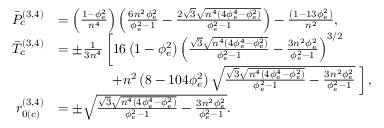
\begin{array} { r l } { \Bar { P } _ { c } ^ { ( 3 , 4 ) } } & { = \left( \frac { 1 - \phi _ { e } ^ { 2 } } { n ^ { 4 } } \right) \left( \frac { 6 n ^ { 2 } \phi _ { e } ^ { 2 } } { \phi _ { e } ^ { 2 } - 1 } - \frac { 2 \sqrt { 3 } \sqrt { n ^ { 4 } \left( 4 \phi _ { e } ^ { 4 } - \phi _ { e } ^ { 2 } \right) } } { \phi _ { e } ^ { 2 } - 1 } \right) - \frac { \left( 1 - 1 3 \phi _ { e } ^ { 2 } \right) } { n ^ { 2 } } , } \\ { \Bar { T } _ { c } ^ { ( 3 , 4 ) } } & { = \pm \frac { 1 } { 3 n ^ { 4 } } \left[ 1 6 \left( 1 - \phi _ { e } ^ { 2 } \right) \left( \frac { \sqrt { 3 } \sqrt { n ^ { 4 } \left( 4 \phi _ { e } ^ { 4 } - \phi _ { e } ^ { 2 } \right) } } { \phi _ { e } ^ { 2 } - 1 } - \frac { 3 n ^ { 2 } \phi _ { e } ^ { 2 } } { \phi _ { e } ^ { 2 } - 1 } \right) ^ { 3 / 2 } \right. } \\ & { \; \; \; \; \; \; \; \; \; \; \; \; \; \; \left. + n ^ { 2 } \left( 8 - 1 0 4 \phi _ { e } ^ { 2 } \right) \sqrt { \frac { \sqrt { 3 } \sqrt { n ^ { 4 } \left( 4 \phi _ { e } ^ { 4 } - \phi _ { e } ^ { 2 } \right) } } { \phi _ { e } ^ { 2 } - 1 } - \frac { 3 n ^ { 2 } \phi _ { e } ^ { 2 } } { \phi _ { e } ^ { 2 } - 1 } } \; \right] , } \\ { r _ { 0 ( c ) } ^ { ( 3 , 4 ) } } & { = \pm \sqrt { \frac { \sqrt { 3 } \sqrt { n ^ { 4 } \left( 4 \phi _ { e } ^ { 4 } - \phi _ { e } ^ { 2 } \right) } } { \phi _ { e } ^ { 2 } - 1 } - \frac { 3 n ^ { 2 } \phi _ { e } ^ { 2 } } { \phi _ { e } ^ { 2 } - 1 } } . } \end{array}